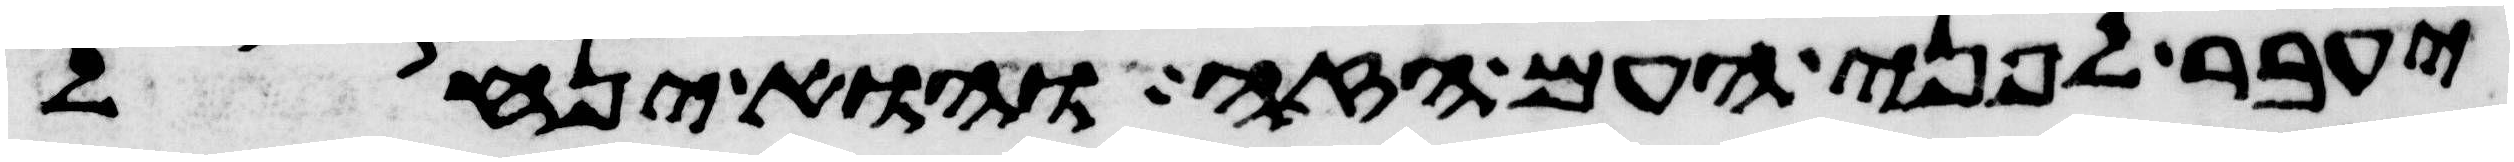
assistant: יעבר לפני העם הזה והוא ינחל